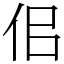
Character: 佀